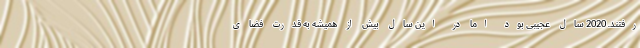
رفتند. 2020 سال عجیبی بود اما در این سال بیش از همیشه به قدرت فضای